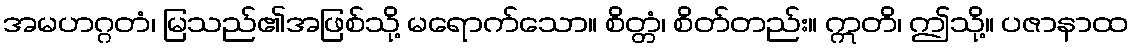
အမဟဂ္ဂတံ၊ မြသည်၏အဖြစ်သို့ မရောက်သော။ စိတ္တံ၊ စိတ်တည်း။ ဣတိ၊ ဤသို့။ ပဇာနာထ